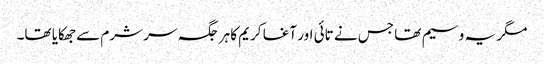
مگر یہ وسیم تھا جس نے تائی اور آغا کریم کا ہر جگہ سر شرم سے جھکایا تھا۔